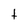
Character: t